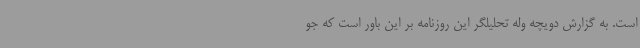
است. به گزارش دویچه وله تحلیلگر این روزنامه بر این باور است که جو